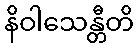
နိဝါသေန္တီတိ